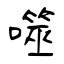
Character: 噬